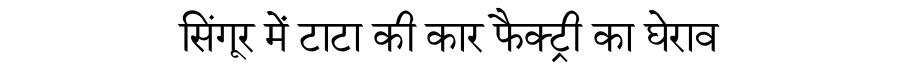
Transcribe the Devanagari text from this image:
सिंगूर में टाटा की कार फैक्ट्री का घेराव